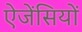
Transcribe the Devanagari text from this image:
ऐजेंसियों